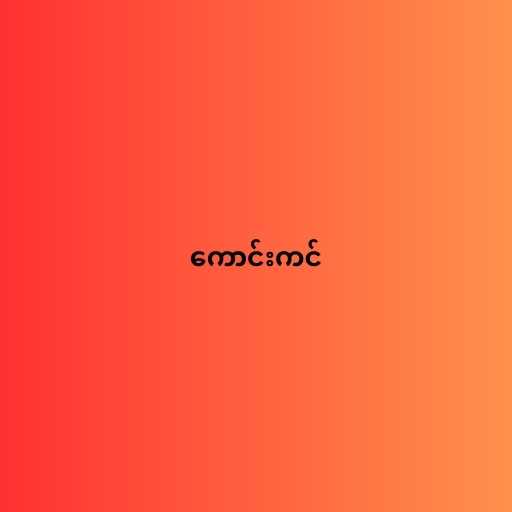
ကောင်းကင်